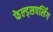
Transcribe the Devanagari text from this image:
फेल्ड्सपर्लिंग